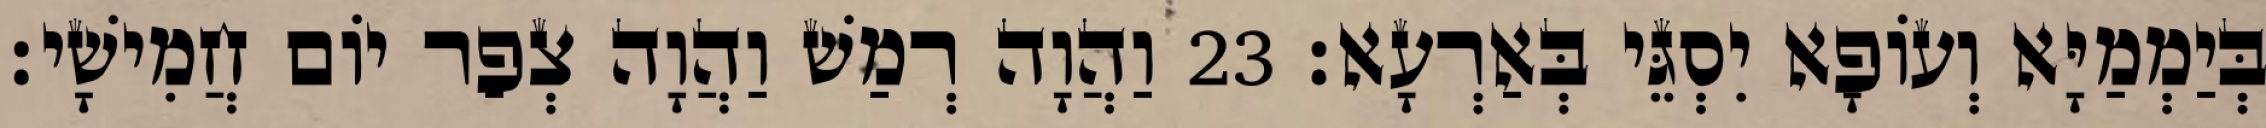
בְּיַמְמַיָּא וְעוֹפָא יִסְגֵּי בְּאַרְעָא׃ 23 וַהֲוָה רְמַשׁ וַהֲוָה צְפַר יוֹם חֲמִישָׁי׃